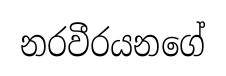
නරවීරයනගේ